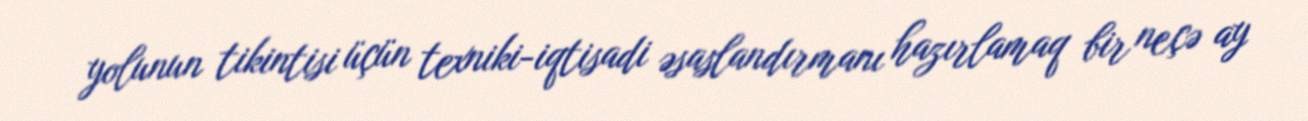
yolunun tikintisi üçün texniki-iqtisadi əsaslandırmanı hazırlamaq bir neçə ay